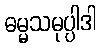
ဓမ္မသမုပ္ပါဒါ